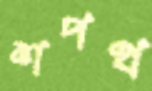
শপথ